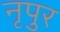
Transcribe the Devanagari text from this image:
नृपुर